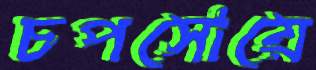
চপসোয়ে